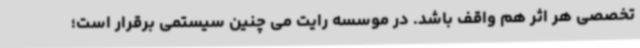
تخصصی هر اثر هم واقف باشد. در موسسه رایت می چنین سیستمی برقرار است؛